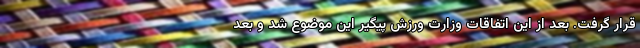
قرار گرفت. بعد از این اتفاقات وزارت ورزش پیگیر این موضوع شد و بعد